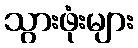
သွားဖုံးများ